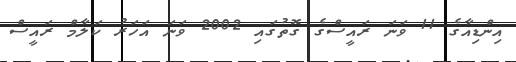
އިންޑިއާގެ 11 ވަނަ ރައީސްގެ ގޮތުގައި 2002 ވަނަ އަހަރު ކަލާމް ރައީސް